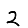
Digit: 2